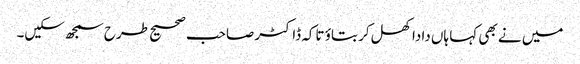
میں نے بھی کہا ہاں دادا کھل کر بتاؤ تاکہ ڈاکٹر صاحب صحیح طرح سمجھ سکیں۔